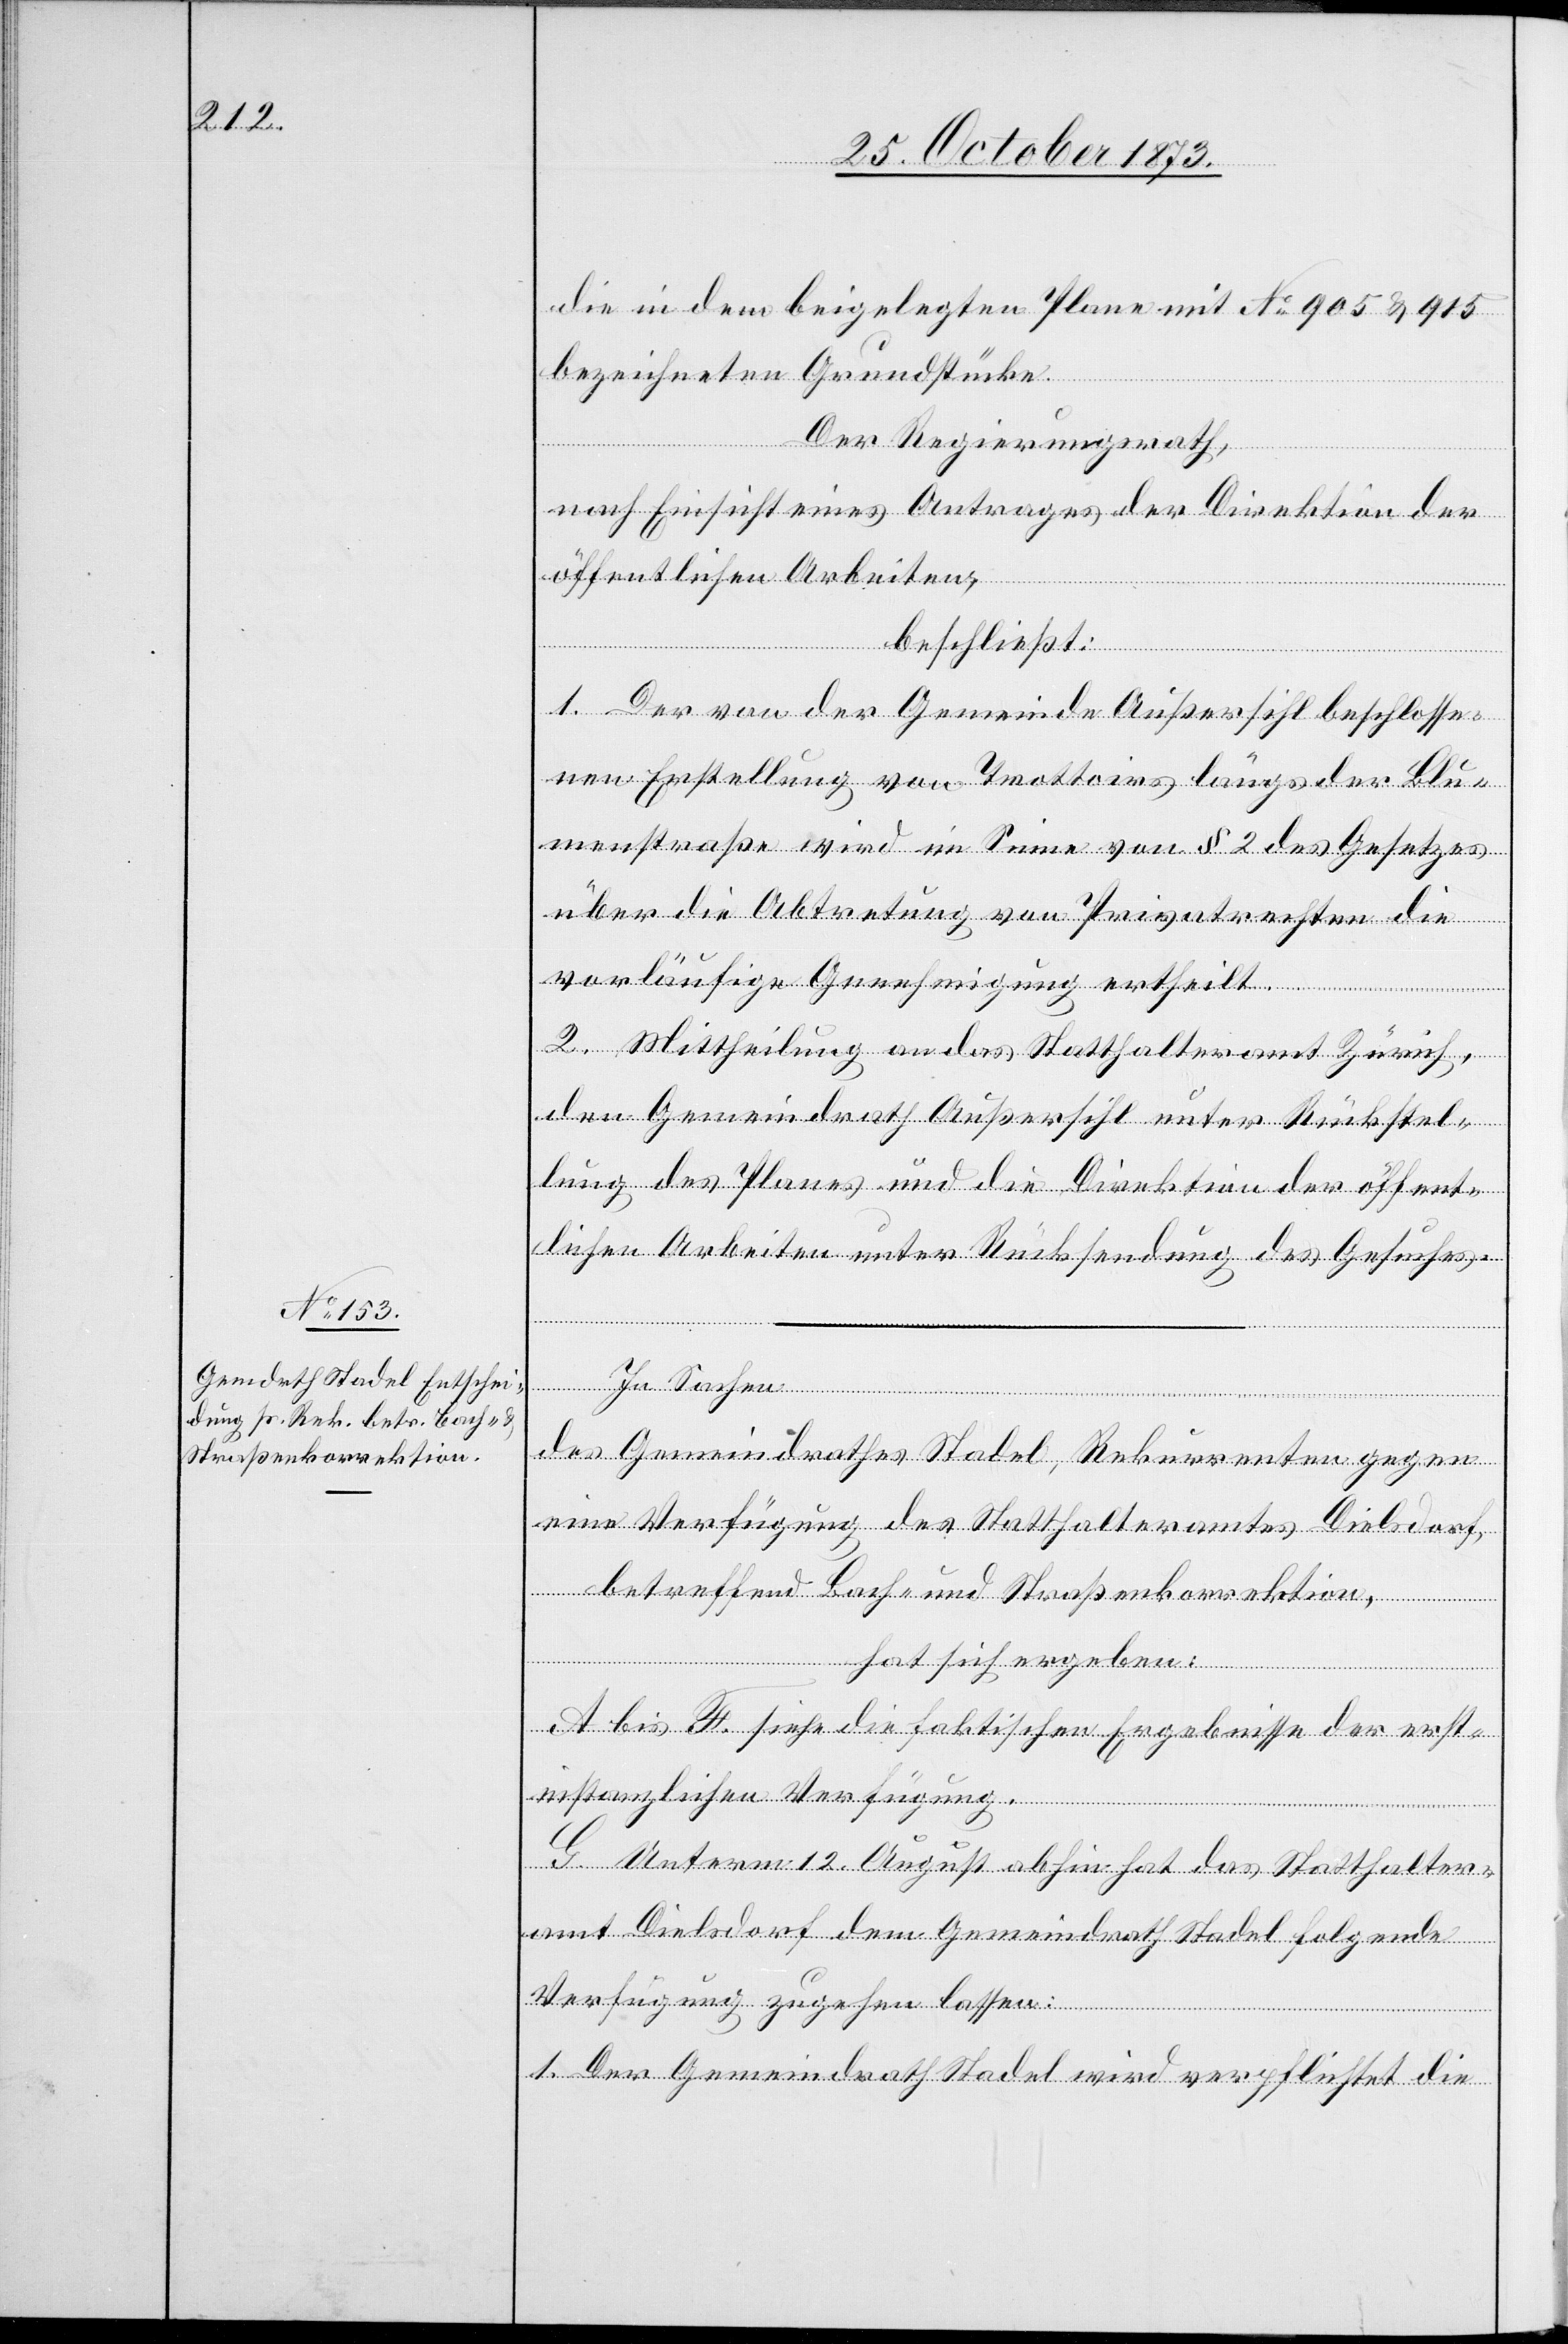
die in dem beigelegten Plane mit No 905 & 915
bezeichneten Grundstücke.
Der Regierungsrath,
nach Einsicht eines Antrages der Direktion der
öffentlichen Arbeiten,
beschließt:
1. Der von der Gemeinde Außersihl beschlosse¬
nen Erstellung von Trottoirs längs der Blu¬
menstraße wird im Sinne von § 2 des Gesetzes
über die Abtretung von Privatrechten die
vorläufige Genehmigung ertheilt.
2. Mittheilung an das Statthalteramt Zürich,
den Gemeindrath Außersihl unter Rückstel¬
lung des Planes und die Direktion der öffent¬
lichen Arbeiten unter Rücksendung des Gesuches.
In
des Gemeindrathes Stadel, Rekurrenten gegen
eine Verfügung des Statthalteramtes Dielsdorf,
betreffend Bach- und Straßenkorrektion,
hat sich ergeben:
A bis F. siehe die faktischen Ergebnisse der erst¬
instanzlichen Verfügung.
G. Unterm 12. August abhin hat das Statthalter¬
amt Dielsdorf dem Gemeindrath Stadel folgende
Verfügung zugehen lassen:
1. Der Gemeindrath Stadel wird verpflichtet die